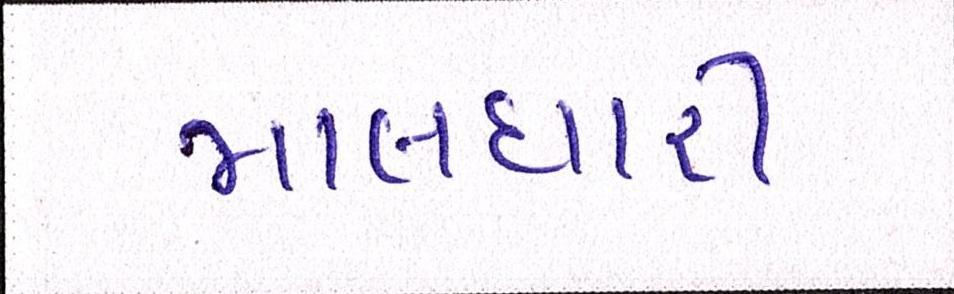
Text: માલધારી